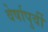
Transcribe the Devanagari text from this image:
वेर्षापुर्वी